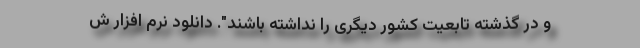
و در گذشته تابعیت کشور دیگری را نداشته باشند". دانلود نرم افزار ش